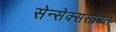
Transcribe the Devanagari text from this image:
सेन्सेक्ससोबत